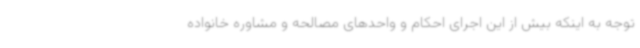
توجه به اینکه بیش از این اجرای احکام و واحدهای مصالحه و مشاوره خانواده